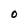
Character: O